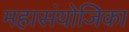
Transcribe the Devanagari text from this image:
महासंयोजिका